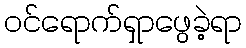
ဝင်ရောက်ရှာဖွေခဲ့ရာ